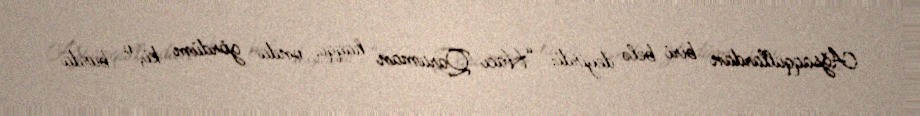
Ağsaqqallardan biri belə deyirdi: “Hacı Qaraman haqqı, onda gördüm ki, o burda